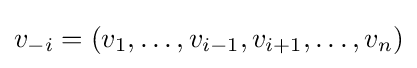
v_{-i}=(v_{1},\dots ,v_{i-1},v_{i+1},\dots ,v_{n})